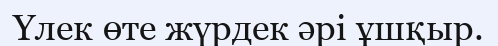
Үлек өте жүрдек әрі ұшқыр.